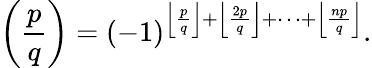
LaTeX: \left({\frac{p}{q}}\right)=(-1)^{\left\lfloor{\frac{p}{q}}\right\rfloor+\left\lfloor{\frac{2p}{q}}\right\rfloor+\dots+\left\lfloor{\frac{np}{q}}\right\rfloor}.